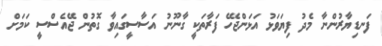
ފަނޑިޔާރުންނާ މެދު ފިޔަވަޅު އަޅަންޖެހޭ ފަރާތަކީ ގާނޫނު އަސާސީގައިވާ ގޮތުން ޖޭއެސްސީ ކަމަށް